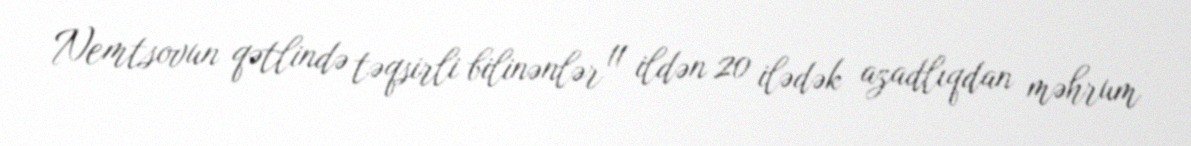
Nemtsovun qətlində təqsirli bilinənlər 11 ildən 20 ilədək azadlıqdan məhrum